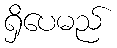
ရှိပေမည်